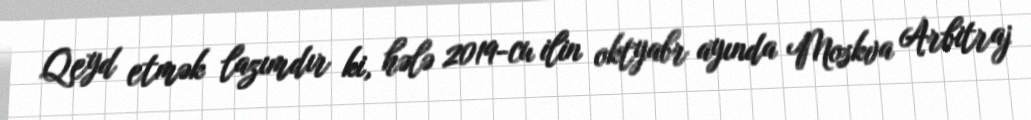
Qeyd etmək lazımdır ki, hələ 2019-cu ilin oktyabr ayında Moskva Arbitraj